Plague in India, 1896, 1897 - Volume 2
Year: 1896
Disease focus: Plague
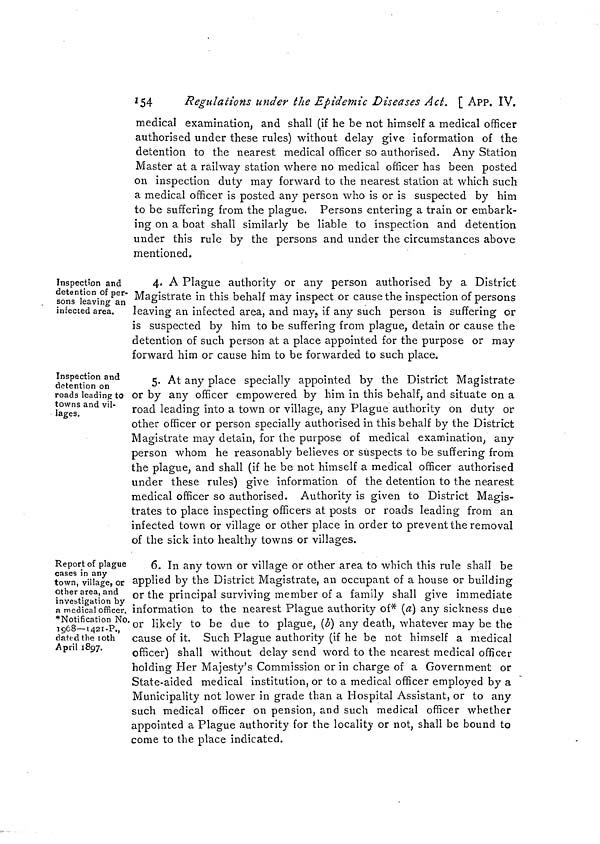
154
Regulations under the Epidemic Diseases Act. [ APP. IV.
medical examination, and shall (if he be not himself a medical officer
authorised under these rules) without delay give information of the
detention to the nearest medical officer so authorised. Any Station
Master at a railway station where no medical officer has been posted
on inspection duty may forward to the nearest station at which such
a medical officer is posted any person who is or is suspected by him
to be suffering from the plague. Persons entering a train or embark-
ing on a boat shall similarly be liable to inspection and detention
under this rule by the persons and under the circumstances above
mentioned.
Inspection and
detention of per-
sons leaving an
infected area.
4. A Plague authority or any person authorised by a District
Magistrate in this behalf may inspect or cause the inspection of persons
leaving an infected area, and may, if any such person is suffering or
is suspected by him to be suffering from plague, detain or cause the
detention of such person at a place appointed for the purpose or may
forward him or cause him to be forwarded to such place.
Inspection and
detention on
roads leading to
towns and vil-
lages.
5. At any place specially appointed by the District Magistrate
or by any officer empowered by him in this behalf, and situate on a
road leading into a town or village, any Plague authority on duty or
other officer or person specially authorised in this behalf by the District
Magistrate may detain, for the purpose of medical examination, any
person whom he reasonably believes or suspects to be suffering from
the plague, and shall (if he be not himself a medical officer authorised
under these rules) give information of the detention to the nearest
medical officer so authorised. Authority is given to District Magis-
trates to place inspecting officers at posts or roads leading from an
infected town or village or other place in order to prevent the removal
of the sick into healthy towns or villages.
Report of plague
cases in any
town, village, or
other area, and
investigation by
a medical officer.
"Notification No.
1968—1421-P.,
dated the loth
April 1897.
6. In any town or village or other area to which this rule shall be
applied by the District Magistrate, an occupant of a house or building
or the principal surviving member of a family shall give immediate
information to the nearest Plague authority of* (a) any sickness due
or likely to be due to plague, (b] any death, whatever may be the
cause of it. Such Plague authority (if he be not himself a medical
officer) shall without delay send word to the nearest medical officer
holding Her Majesty's Commission or in charge of a Government or
State-aided medical institution, or to a medical officer employed by a
Municipality not lower in grade than a Hospital Assistant, or to any
such medical officer on pension, and such medical officer whether
appointed a Plague authority for the locality or not, shall be bound to
come to the place indicated.